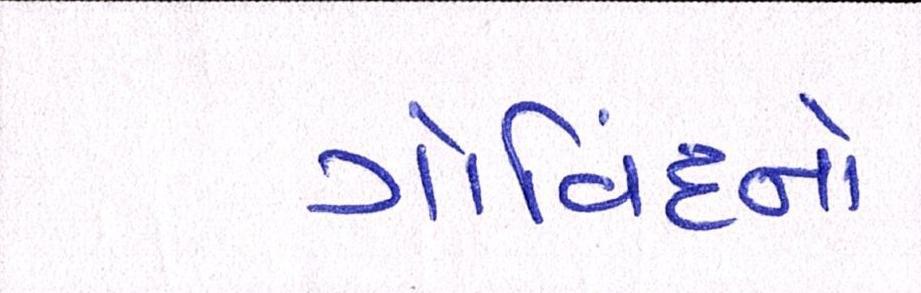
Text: ગોવિંદનો